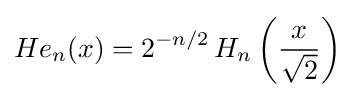
He_{n}(x)=2^{-n/2}\,H_{n}\left({\frac {x}{\sqrt {2}}}\right)